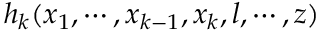
h _ { k } ( x _ { 1 } , \cdots , x _ { k - 1 } , x _ { k } , l , \cdots , z )